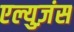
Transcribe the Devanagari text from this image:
एल्युज़ंस